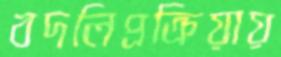
বদলিপ্রক্রিয়ায়